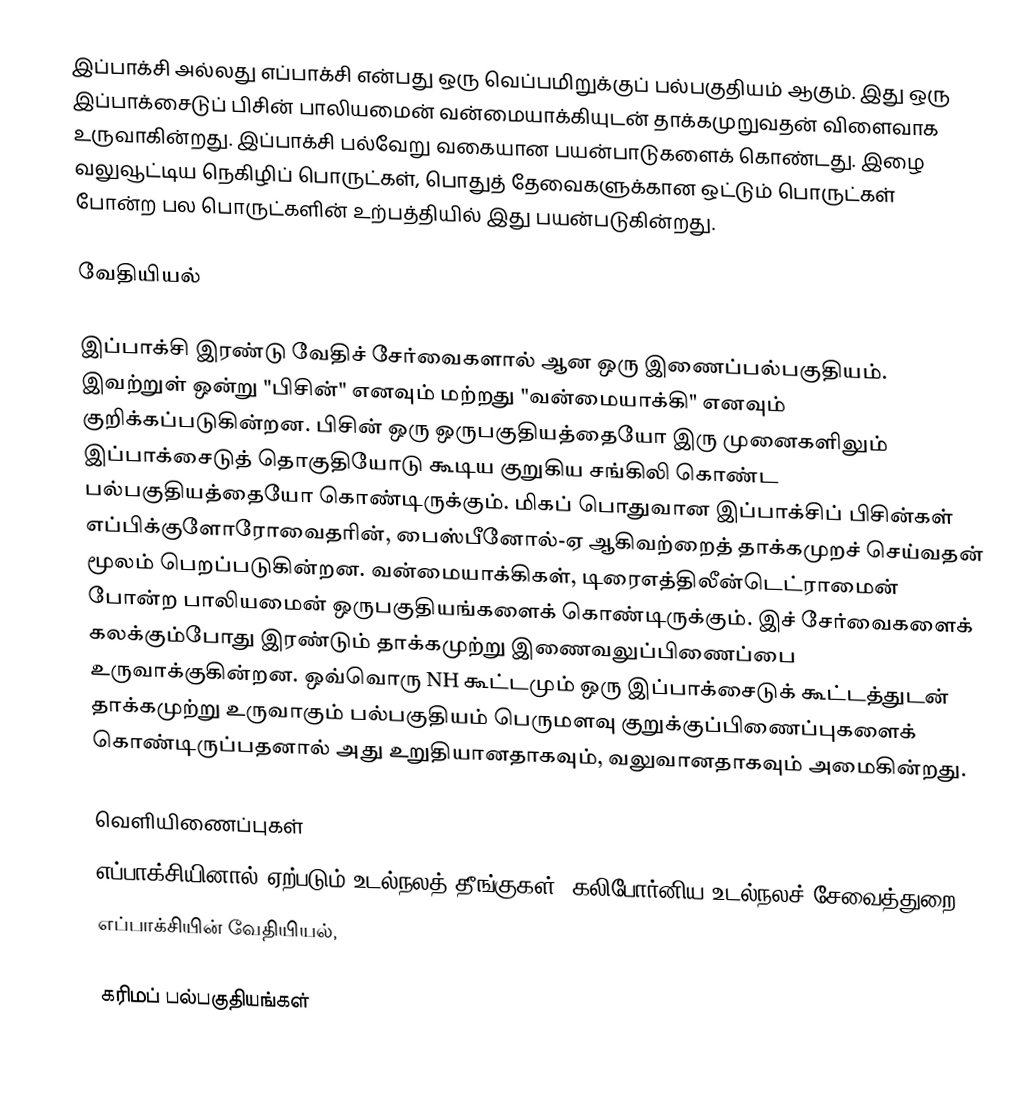
இப்பாக்சி அல்லது எப்பாக்சி என்பது ஒரு வெப்பமிறுக்குப் பல்பகுதியம் ஆகும். இது ஒரு இப்பாக்சைடுப் பிசின் பாலியமைன் வன்மையாக்கியுடன் தாக்கமுறுவதன் விளைவாக உருவாகின்றது. இப்பாக்சி பல்வேறு வகையான பயன்பாடுகளைக் கொண்டது. இழை வலுவூட்டிய நெகிழிப் பொருட்கள், பொதுத் தேவைகளுக்கான ஒட்டும் பொருட்கள் போன்ற பல பொருட்களின் உற்பத்தியில் இது பயன்படுகின்றது.

வேதியியல்

இப்பாக்சி இரண்டு வேதிச் சேர்வைகளால் ஆன ஒரு இணைப்பல்பகுதியம். இவற்றுள் ஒன்று "பிசின்" எனவும் மற்றது "வன்மையாக்கி" எனவும் குறிக்கப்படுகின்றன. பிசின் ஒரு ஒருபகுதியத்தையோ இரு முனைகளிலும் இப்பாக்சைடுத் தொகுதியோடு கூடிய குறுகிய சங்கிலி கொண்ட பல்பகுதியத்தையோ கொண்டிருக்கும். மிகப் பொதுவான இப்பாக்சிப் பிசின்கள் எப்பிக்குளோரோவைதரின், பைஸ்பீனோல்-ஏ ஆகிவற்றைத் தாக்கமுறச் செய்வதன் மூலம் பெறப்படுகின்றன. வன்மையாக்கிகள், டிரைஎத்திலீன்டெட்ராமைன் போன்ற பாலியமைன் ஒருபகுதியங்களைக் கொண்டிருக்கும். இச் சேர்வைகளைக் கலக்கும்போது இரண்டும் தாக்கமுற்று இணைவலுப்பிணைப்பை உருவாக்குகின்றன. ஒவ்வொரு NH கூட்டமும் ஒரு இப்பாக்சைடுக் கூட்டத்துடன் தாக்கமுற்று உருவாகும் பல்பகுதியம் பெருமளவு குறுக்குப்பிணைப்புகளைக் கொண்டிருப்பதனால் அது உறுதியானதாகவும், வலுவானதாகவும் அமைகின்றது.

வெளியிணைப்புகள்
 எப்பாக்சியினால் ஏற்படும் உடல்நலத் தீங்குகள்  (கலிபோர்னிய உடல்நலச் சேவைத்துறை)
 எப்பாக்சியின் வேதியியல்,

கரிமப் பல்பகுதியங்கள்